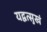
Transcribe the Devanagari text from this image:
यद्वत्सुखं